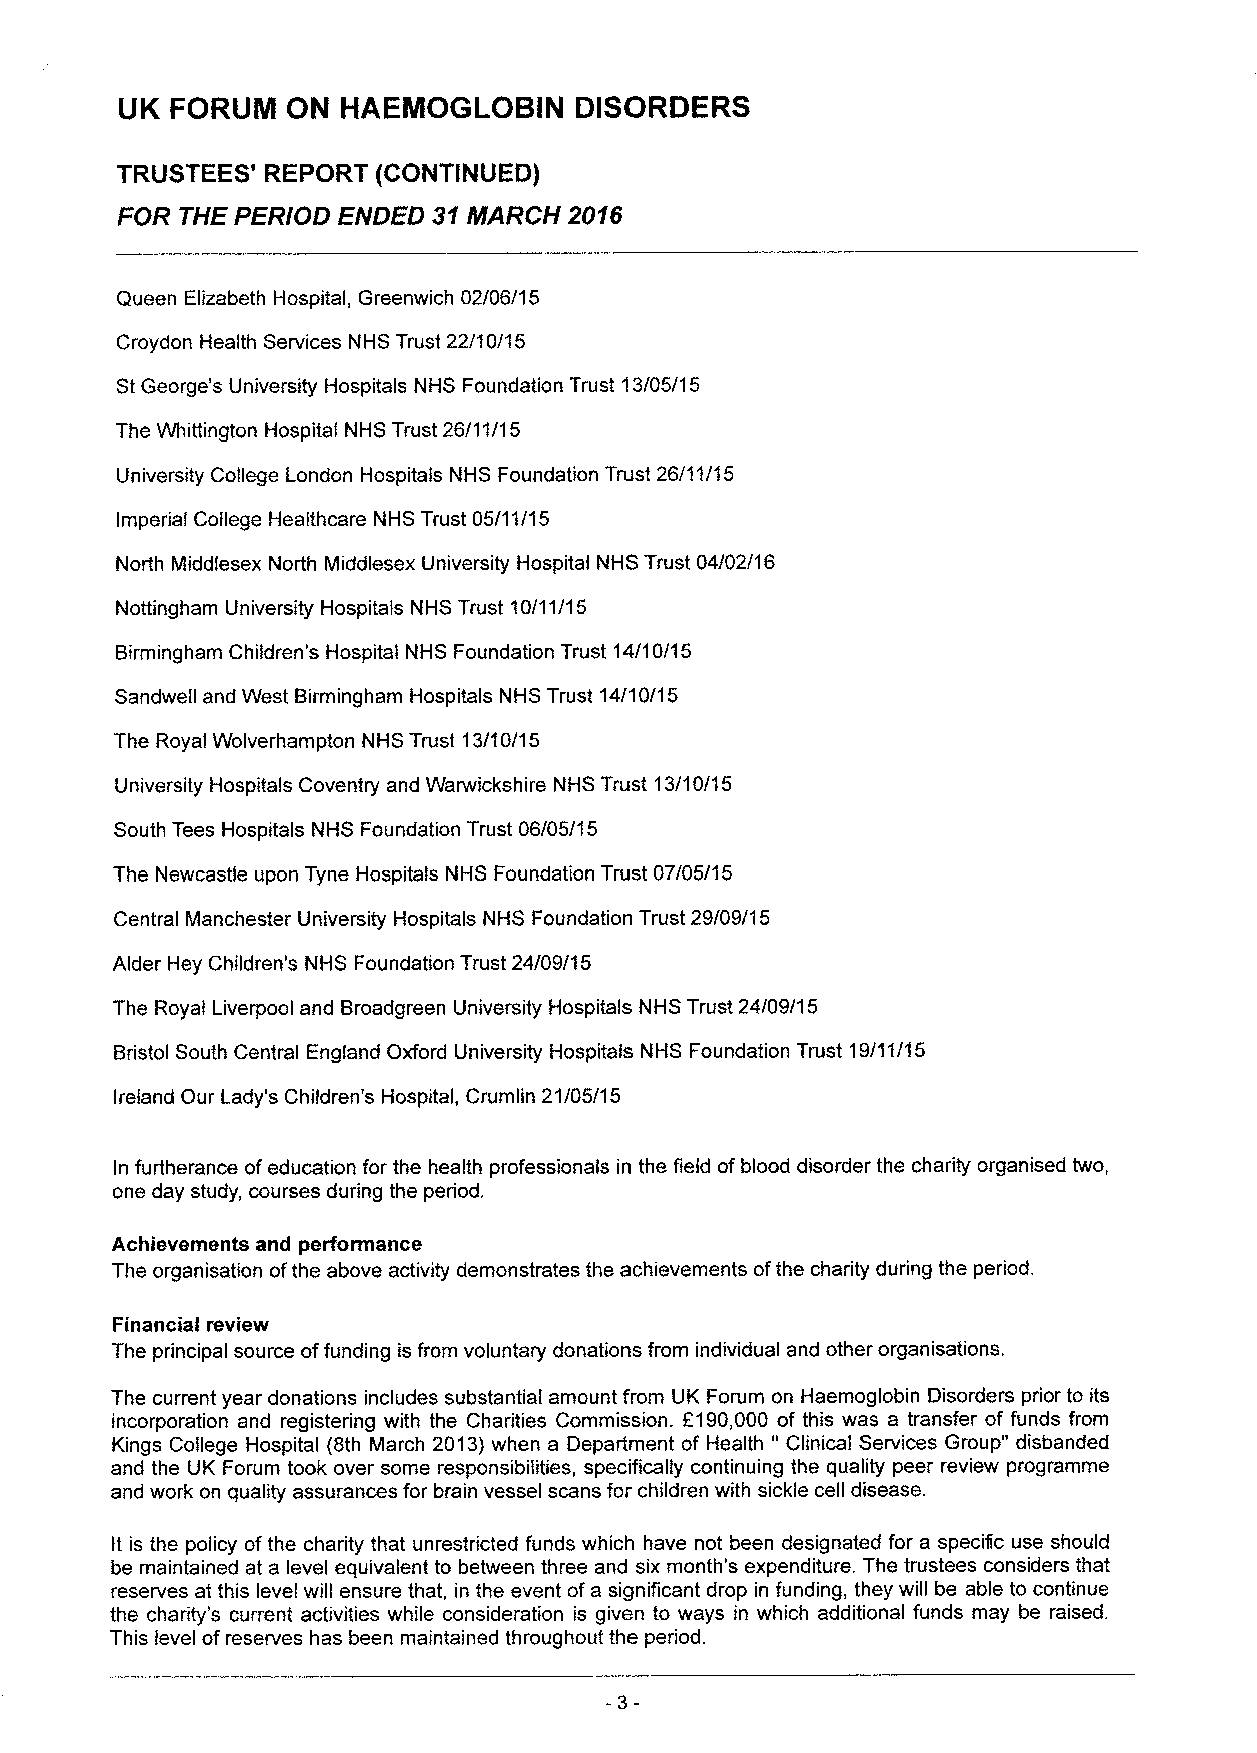
UK FORUNI  ON  HAEMOGLOBIN    DISORDERS
 TRUSTEES' REPORT (CONTINUED)
 FOR THE PERlOD ENDED 31ILfARCH 2016
 Queen Elizabeth Hospital, Greenwich 02/06/15
 Croydon Health Services NHS Trust 22/10/15
 StGeorge's University Hospitals NHS Foundation Trust 13/05/15
 The Whittington Hospital NHS Trust 26/11/1 5
 University College London Hospitals NHS Foundation Trust 26/11/15
 Imperial College Healthcare NHS Trust 05/11/15
 North Middlesex North Middlesex University Hospital NHS Trust 04/02/16
 Nottingham University Hospitals NHS Trust 10/11/15
 Birmingham Children's Hospital NHS Foundation Trust 14/10/15
 Sandwell and West Birmingham Hospitals NHS Trust 14/10/15
 The Royal Wolverhampton NHS Trust 13/10/15
 University Hospitals Coventry and Warwickshire NHS Trust 13/10/15
 South Tees Hospitals NHS Foundation Trust 06/05/15
 The Newcastle upon Tyne Hospitals NHS Foundation Trust 07/05/15
 Central Manchester University Hospitals NHS Foundation Trust 29/09/15
 Alder Hey Children's NHS Foundation Trust 24/09/15
 The Royal Liverpool and Broadgreen University Hospitals NHS Trust 24/09/15
 Bristol South Central England Oxford University Hospitals NHS Foundation Trust 19/11/15
 Ireland Our Lady's Children's Hospital, Crumlin 21/05/1 5
 In furtherance ofeducation for the health professionals in the field of blood disorder the charity organised two,
 one day study, courses during the period.
 Achievements and performance
 The organisation ofthe above activity demonstrates the achievements ofthe charity during the period.
 Financial review
 The principal source offunding is from voluntary donations from individual and other organisations.
 The current year donations includes substantial amount from UK Forum on Haemoglobin Disorders prior to its
 incorporation and registering with the Charities Commission. f190,000 of this was a transfer of funds from
 "
 Kings College Hospital (8th March 2013)when a Department of Health Clinical Services Group" disbanded
 and the UK Forum took over some responsibilities, specifically continuing the quality peer review programme
 and work on quality assurances for brain vessel scans for children with sickle cell disease.
 It is the policy of the charity that unrestricted funds which have not been designated for a specitic use should
 be maintained at a level equivalent to between three and six month's expenditure. The trustees considers that
 reserves at this level will ensure that, in the event ofa significant drop in funding, they will be able to continue
 the charity's current activities while consideration is given to ways in which additional funds may be raised.
 This level ofreserves has been maintained throughout the period.